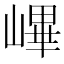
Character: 𡻞